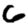
Digit: 6